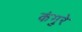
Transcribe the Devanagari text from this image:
कंगुरे